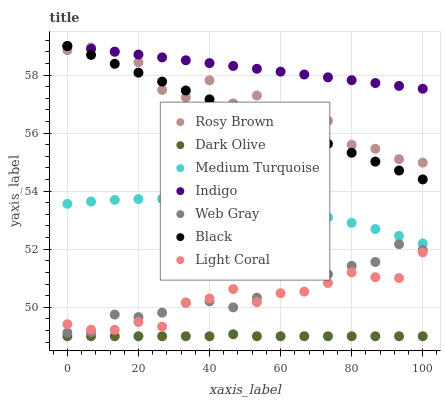
| xaxis_label | Rosy Brown | Dark Olive | Medium Turquoise | Indigo | Web Gray | Black | Light Coral |
 | --- | --- | --- | --- | --- | --- | --- | --- |
 | 0 | 58.9 | 49 | 53.6 | 59 | 49.1 | 59 | 49.4 |
 | 6.67 | 59 | 49 | 53.6 | 58.9 | 49.1 | 58.7 | 49.2 |
 | 13.3 | 58.8 | 49 | 53.7 | 58.8 | 49.7 | 58.4 | 49.2 |
 | 20 | 58.4 | 49 | 53.7 | 58.7 | 49.7 | 58.1 | 49.5 |
 | 26.7 | 57.5 | 49 | 53.7 | 58.6 | 49.8 | 57.8 | 49.3 |
 | 33.3 | 57.2 | 49 | 53.7 | 58.5 | 50.2 | 57.5 | 50.2 |
 | 40 | 57.8 | 49 | 53.7 | 58.4 | 50.2 | 57.2 | 50.3 |
 | 46.7 | 57 | 49.1 | 53.6 | 58.3 | 50 | 56.9 | 50.6 |
 | 53.3 | 57.3 | 49 | 53.5 | 58.2 | 50.3 | 56.5 | 50.2 |
 | 60 | 56.8 | 49 | 53.4 | 58.1 | 51.2 | 56.2 | 50.5 |
 | 66.7 | 56.2 | 49 | 53.3 | 58 | 51.2 | 55.9 | 50.5 |
 | 73.3 | 56.4 | 49 | 53.1 | 57.9 | 51.1 | 55.6 | 50.8 |
 | 80 | 55.6 | 49 | 52.9 | 57.8 | 51.4 | 55.3 | 51.2 |
 | 86.7 | 55.5 | 49 | 52.7 | 57.7 | 51.6 | 55 | 51 |
 | 93.3 | 55.1 | 49 | 52.5 | 57.6 | 52.2 | 54.7 | 51 |
 | 100 | 55 | 49 | 52.2 | 57.5 | 52 | 54.4 | 51.9 |